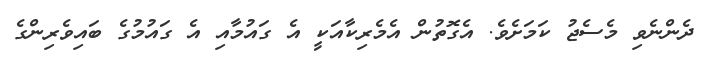
ދެންނެވި މެސެޖު ކަމަށެވެ. އެގޮތުން އެމެރިކާއަކީ އެ ގައުމާއި އެ ގައުމުގެ ބައިވެރިންގެ